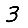
Digit: 3